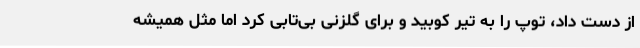
از دست داد، توپ را به تیر کوبید و برای گلزنی بی‌تابی کرد اما مثل همیشه